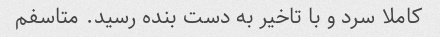
کاملا سرد و با تاخیر به دست بنده رسید. متاسفم